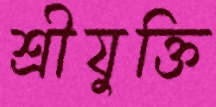
শ্রীযুক্তি